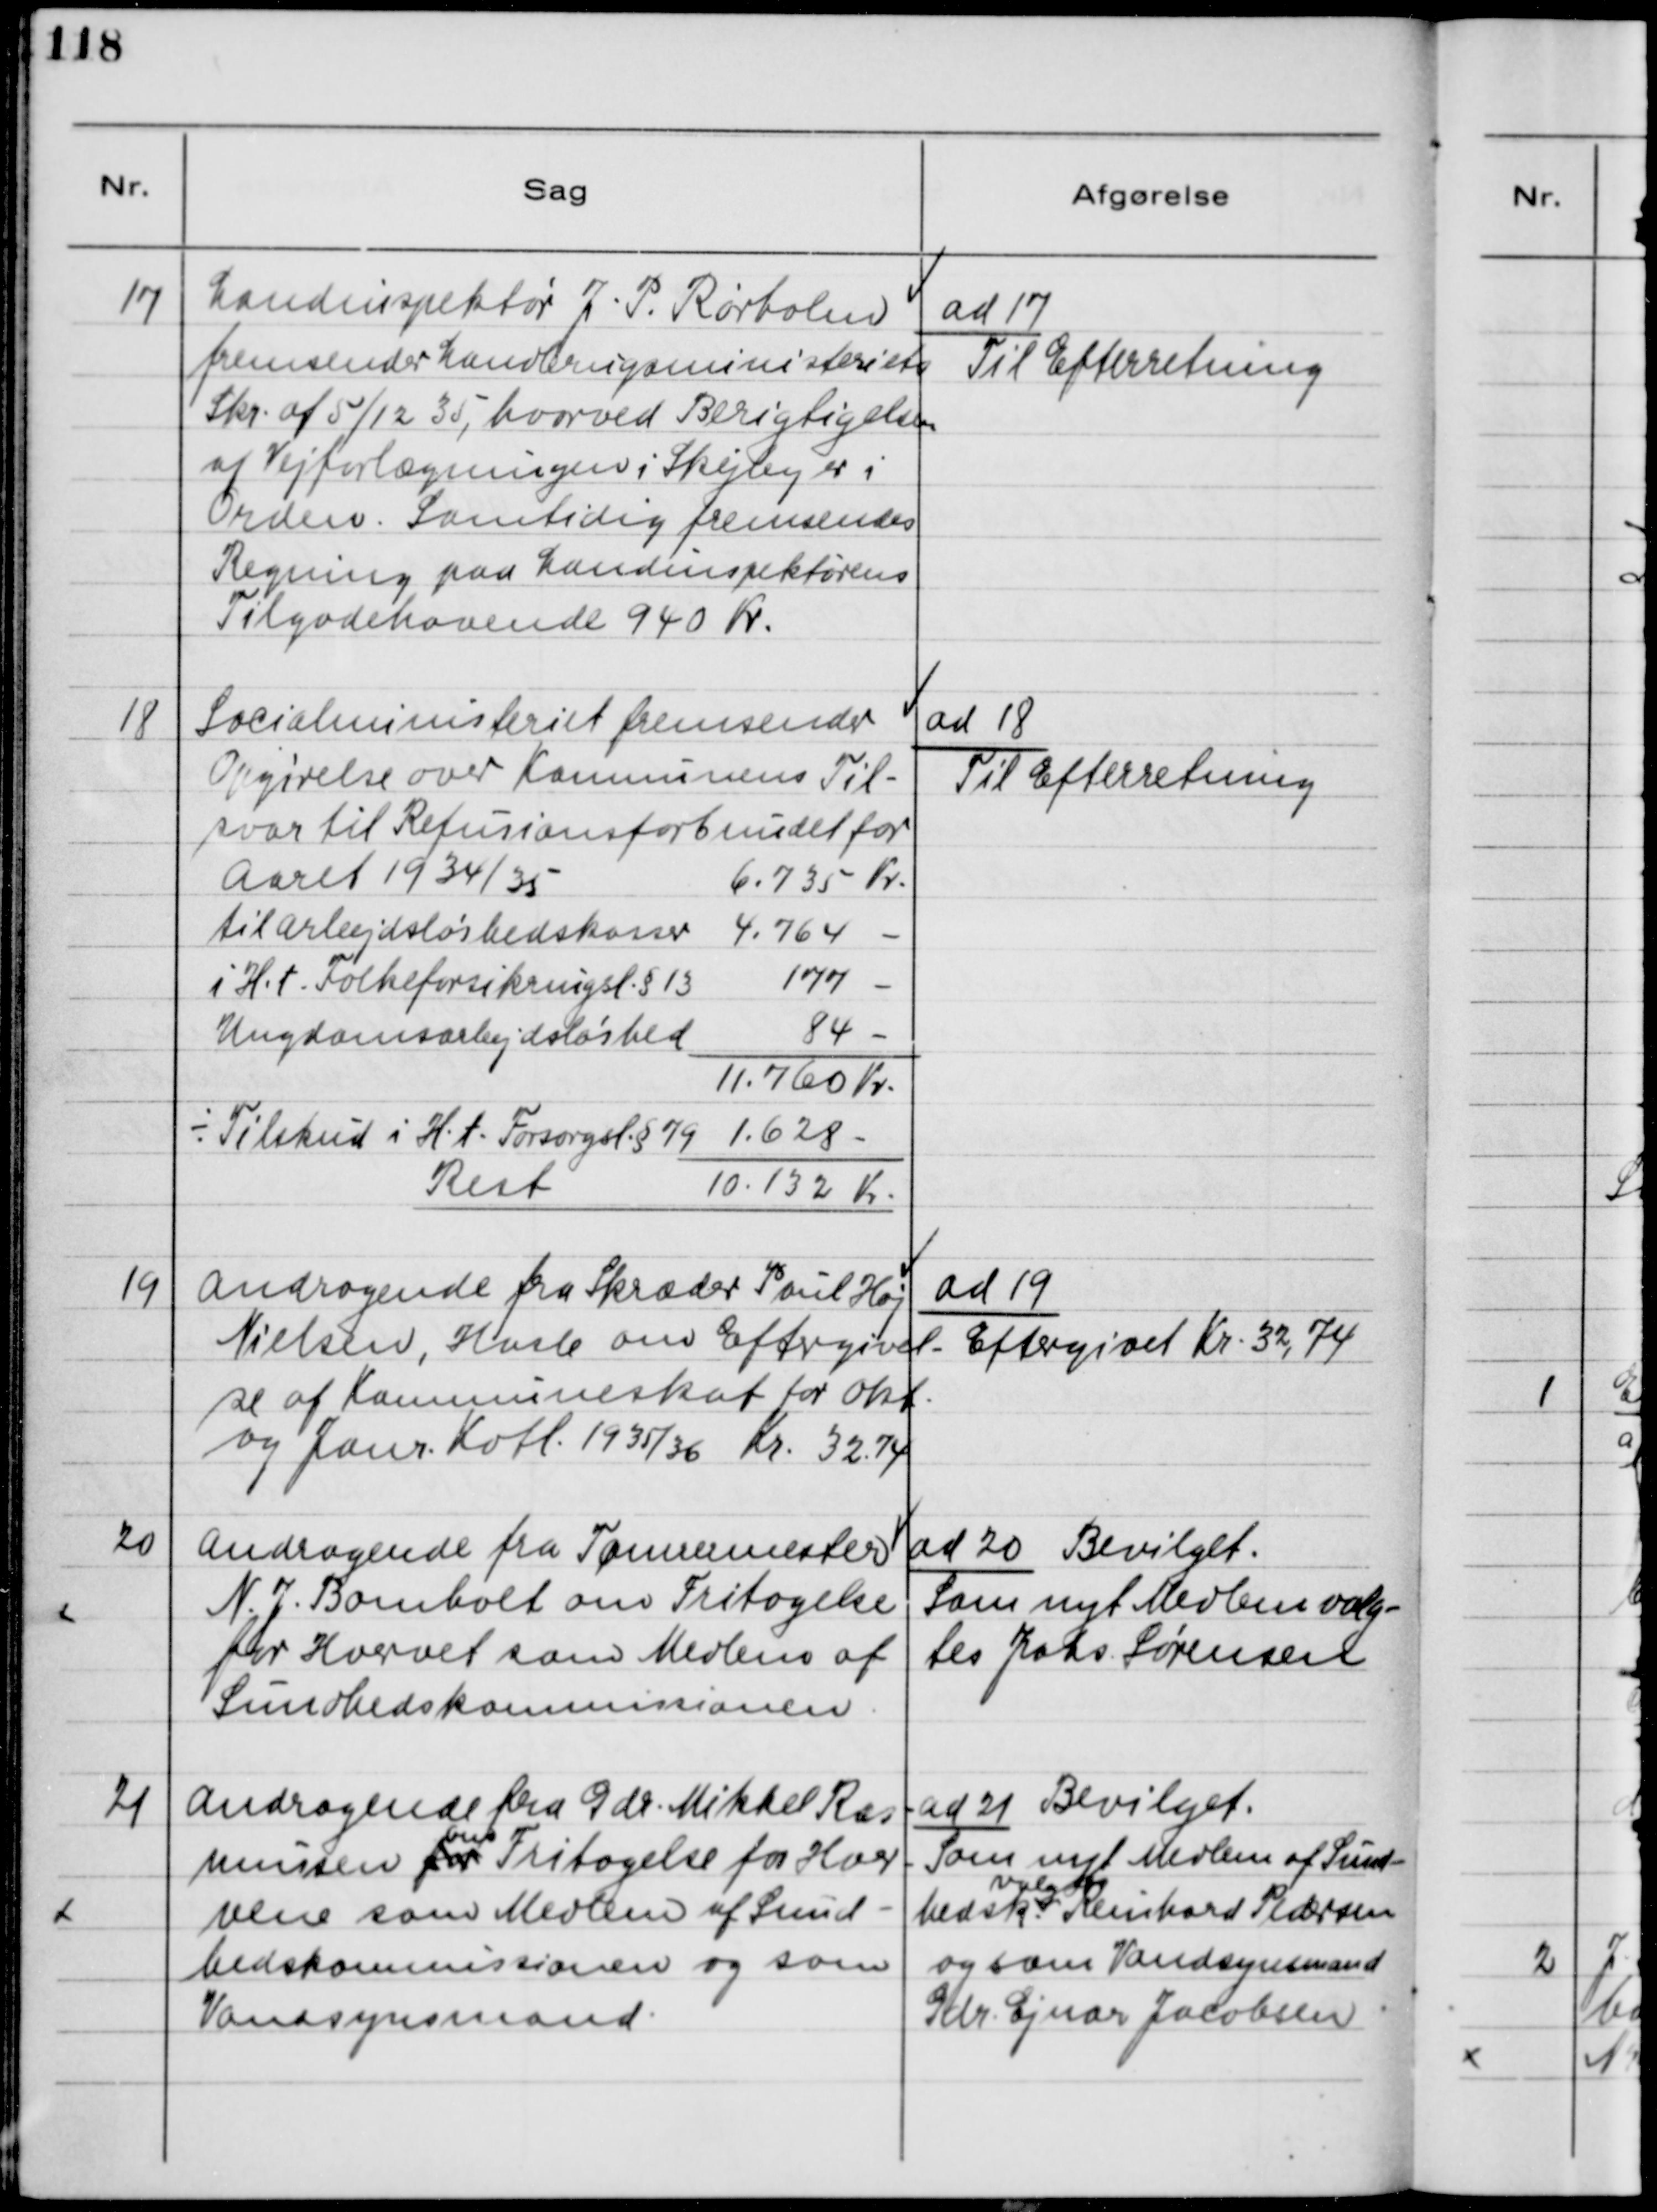
Transskription:
17
Landinspektør J.P. Rørholm
fremsender Landbrugsministeriets
Skr. af 5/12 35, hvorved Berigtigelsen
af Vejforlægningen i Skejby er i
Orden. Samtidig fremsendes
Regning paa Landinspektørens
Tilgodehavende 940 Kr.
ad 17
Til Efterretning
18
Socialministeriet fremsender
Opgørelse over Kommunens Til-
svar til Refusionsforbundet for
Aaret 1934/35
6.735 Kr
til arbejdsløshedskasser
4.764 -
i H.t Folkeforsikringsl. § 13
177 -
Ungdomsarbejdsløshed
84 -
11.760 Kr.
÷ Tilskud i H.t Forsorgsl. § 79
1.628 -
Rest 10.132 Kr
ad 18
Til Efterretning
19
Andragende fra Skræder Poul Høj
Nielsen, Hasle om Eftergivel-
se af Kommuneskat for okt.
og Janr. Kvtl. 1935/36 kr. 32,74
ad 19
Eftergivet Kr 32,74
20
Andragende fra Tømrermester
N.J. Bomholt om Fritagelse
for Hvervet som Medlem af
Sundhedskommisionen.
ad 20 Bevilget.
Som nyt Medlem valg-
tes Johs. Sørensen
21
Andragende fra Gdr. Mikkel Ras-
mussen for
om
Fritagelse for Hver-
vene som Medlem af Sund-
hedskommissionen og som
Vandsynsmand.
ad 21 Bevilget.
Som nyt Medlem af Sund-
hedsk.
valgtes
Reinhard Pedersen
og som Vandsynsmand
Gdr. Ejnar Jacobsen.